Civil Veterinary Department Bihar & Orissa reports 1929-36 - 1929-1936
Year: 1929
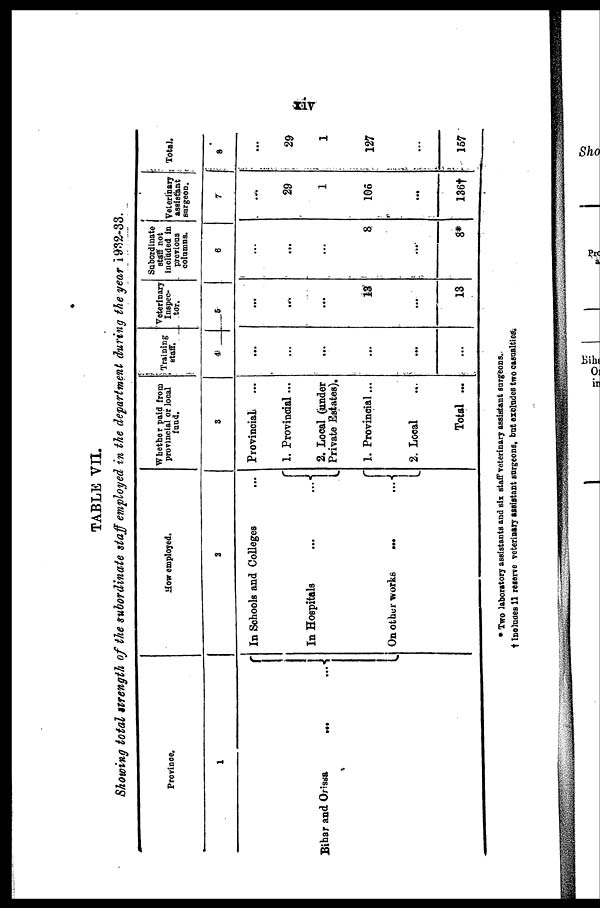
xiv
TABLE VII.
Showing total strength of the subordinate staff employed in the department during the year 1932-33.
Province.
1
Bihar and Orissa ... ...
How employed.
2
In Schools and Colleges ...
In Hospitals ... ...
On other works
... ...
Whether paid from
provincial or local
fund.
3
Provincial ...
1. Provincial ...
2. Local (under
Private Estates).
1. Provincial ...
2. Local ...
Total ...
Training
staff.
4
...
...
...
...
...
...
Veterinary
Inspec-
tor.
5
...
...
...
13
...
13
Subordinate
statf not
included in
previous
columns.
6
...
...
...
8
...
8*
Veterinary
assistant
surgeon.
7
...
29
1
106
...
136†
Total.
8
...
29
1
127
...
157
* Two laboratory assistants and six staff veterinary assistant surgeons.
† Includes 11 reserve veterinary assistant surgeons, but excludes two casualties;